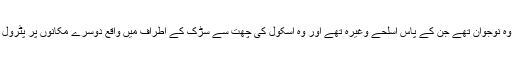
انہوں نے کہا کہ وہ نوجوان تھے جن کے پاس اسلحے وغیرہ تھے اور وہ اسکول کی چھت سے سڑک کے اطراف میں واقع دوسرے مکانوں پر پٹرول بم پھینکتے تھے۔